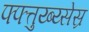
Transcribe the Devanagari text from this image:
फ्फ्त्तुय्ब्य्सेस्र